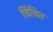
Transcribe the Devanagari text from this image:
चिंचित